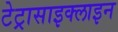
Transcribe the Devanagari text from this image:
टेट्रासाइक्लाइन